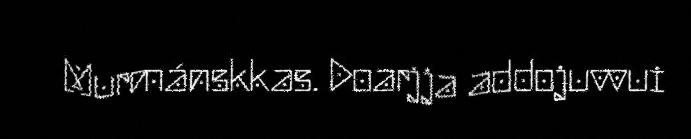
Murmánskkas. Doarjja addojuvvui